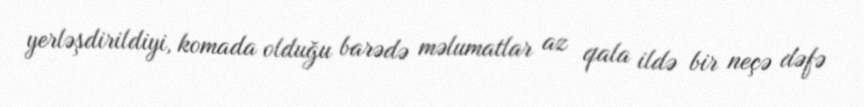
yerləşdirildiyi, komada olduğu barədə məlumatlar az qala ildə bir neçə dəfə